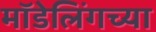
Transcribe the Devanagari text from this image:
मॉडेलिंगच्या